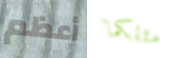
أعظم مثلكما